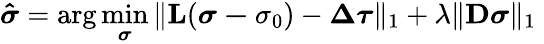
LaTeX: \boldsymbol{\hat{\sigma}}=\arg\operatorname*{min}_{\boldsymbol{\sigma}}\| \textbf{L}(\boldsymbol{\sigma-}\sigma_{0})-\boldsymbol{\Delta\tau}\| _{1}+\lambda\| \textbf{D}\boldsymbol{\sigma}\| _{1}\